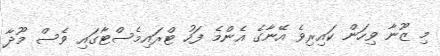
މި ޒޫނާ ވިހަން ކައިރިވެ އޭނާގެ އެންމެ ފަހު ޓްރައިމެސްޓާގައި ވެސް މޫދާ